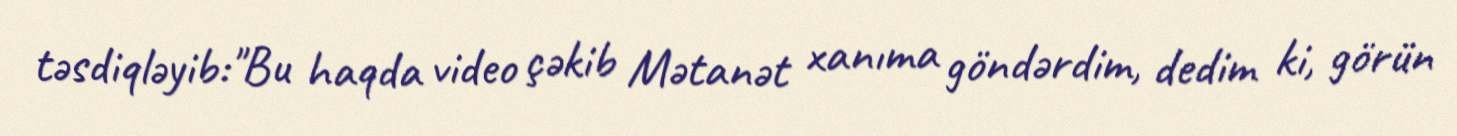
təsdiqləyib:"Bu haqda video çəkib Mətanət xanıma göndərdim, dedim ki, görün